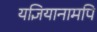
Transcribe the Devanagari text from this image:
यज्ञियानामपि